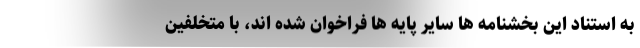
به استناد این بخشنامه ها سایر پایه ها فراخوان شده اند، با متخلفین